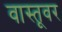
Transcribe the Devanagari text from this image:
वास्तूवर